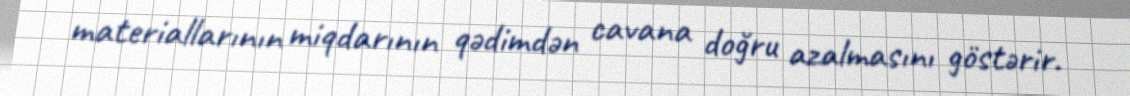
materiallarının miqdarının qədimdən cavana doğru azalmasını göstərir.